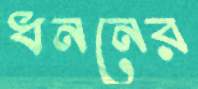
ধননের